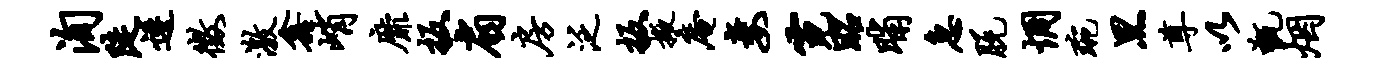
洵陡逶征激鑫峭靡扳扇房泛扳掖庵妻霓昭晡急脱惆琬黑尊以甑烟